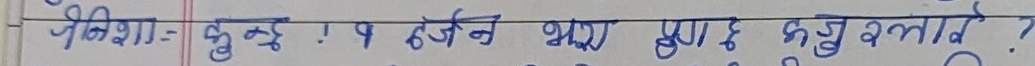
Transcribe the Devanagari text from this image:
निकिशा : सुने १ दर्जन थ्या प्रु ६ हुनु बनाएँ ?